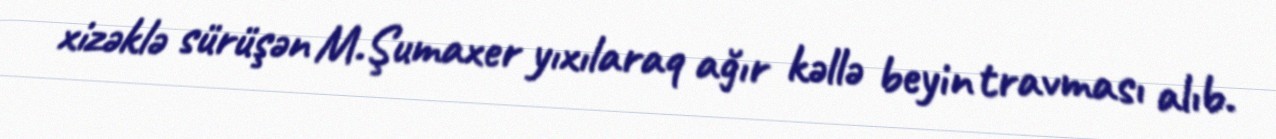
xizəklə sürüşən M.Şumaxer yıxılaraq ağır kəllə beyin travması alıb.